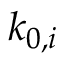
k _ { 0 , i }